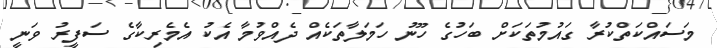
މަސައްކަތްކުރާ ގައުމުތަކަށް ބަހުގެ ހޫނު ހަމަލާތަކެއް ދެއްވުމާ އެކު އެމެރިކާގެ ސަފީރު ވަނީ